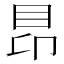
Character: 䀚